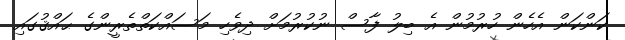
ކަންކަން އެހެން ހުރުމުން އެ ބިލު ފާސް ނުކުރުމަށް ދިވެހި މަސައްކަތްތެރީންގެ ޙައްޤުގައި